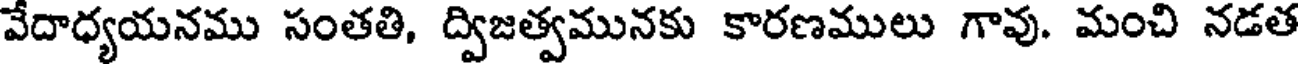
వేదాధ్యయనము సంతతి, ద్విజత్వమునకు కారణములు గావు. మంచి నడత